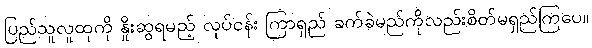
ပြည်သူလူထုကို နှိုးဆွရမည့် လုပ်ငန်း ကြာရှည် ခက်ခဲမည်ကိုလည်းစိတ်မရှည်ကြပေ။